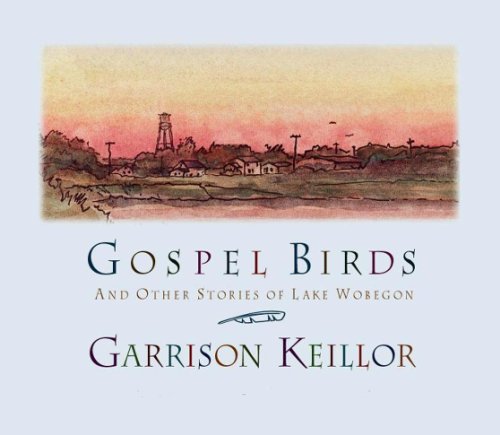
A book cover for Gospel Birds and Other Stories of Lake Wobegon; Garrison Keillor; Humor & Entertainment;